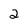
Character: 2